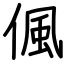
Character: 偑